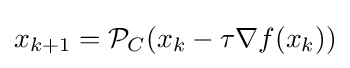
x_{k+1}={\mathcal {P}}_{C}(x_{k}-\tau \nabla f(x_{k}))